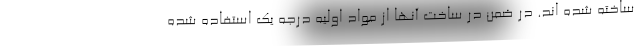
ساخته شده اند. در ضمن در ساخت آنها از مواد اولیه درجه یک استفاده شده